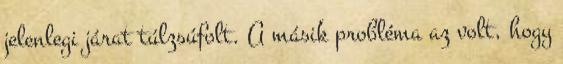
jelenlegi járat túlzsúfolt. A másik probléma az volt, hogy